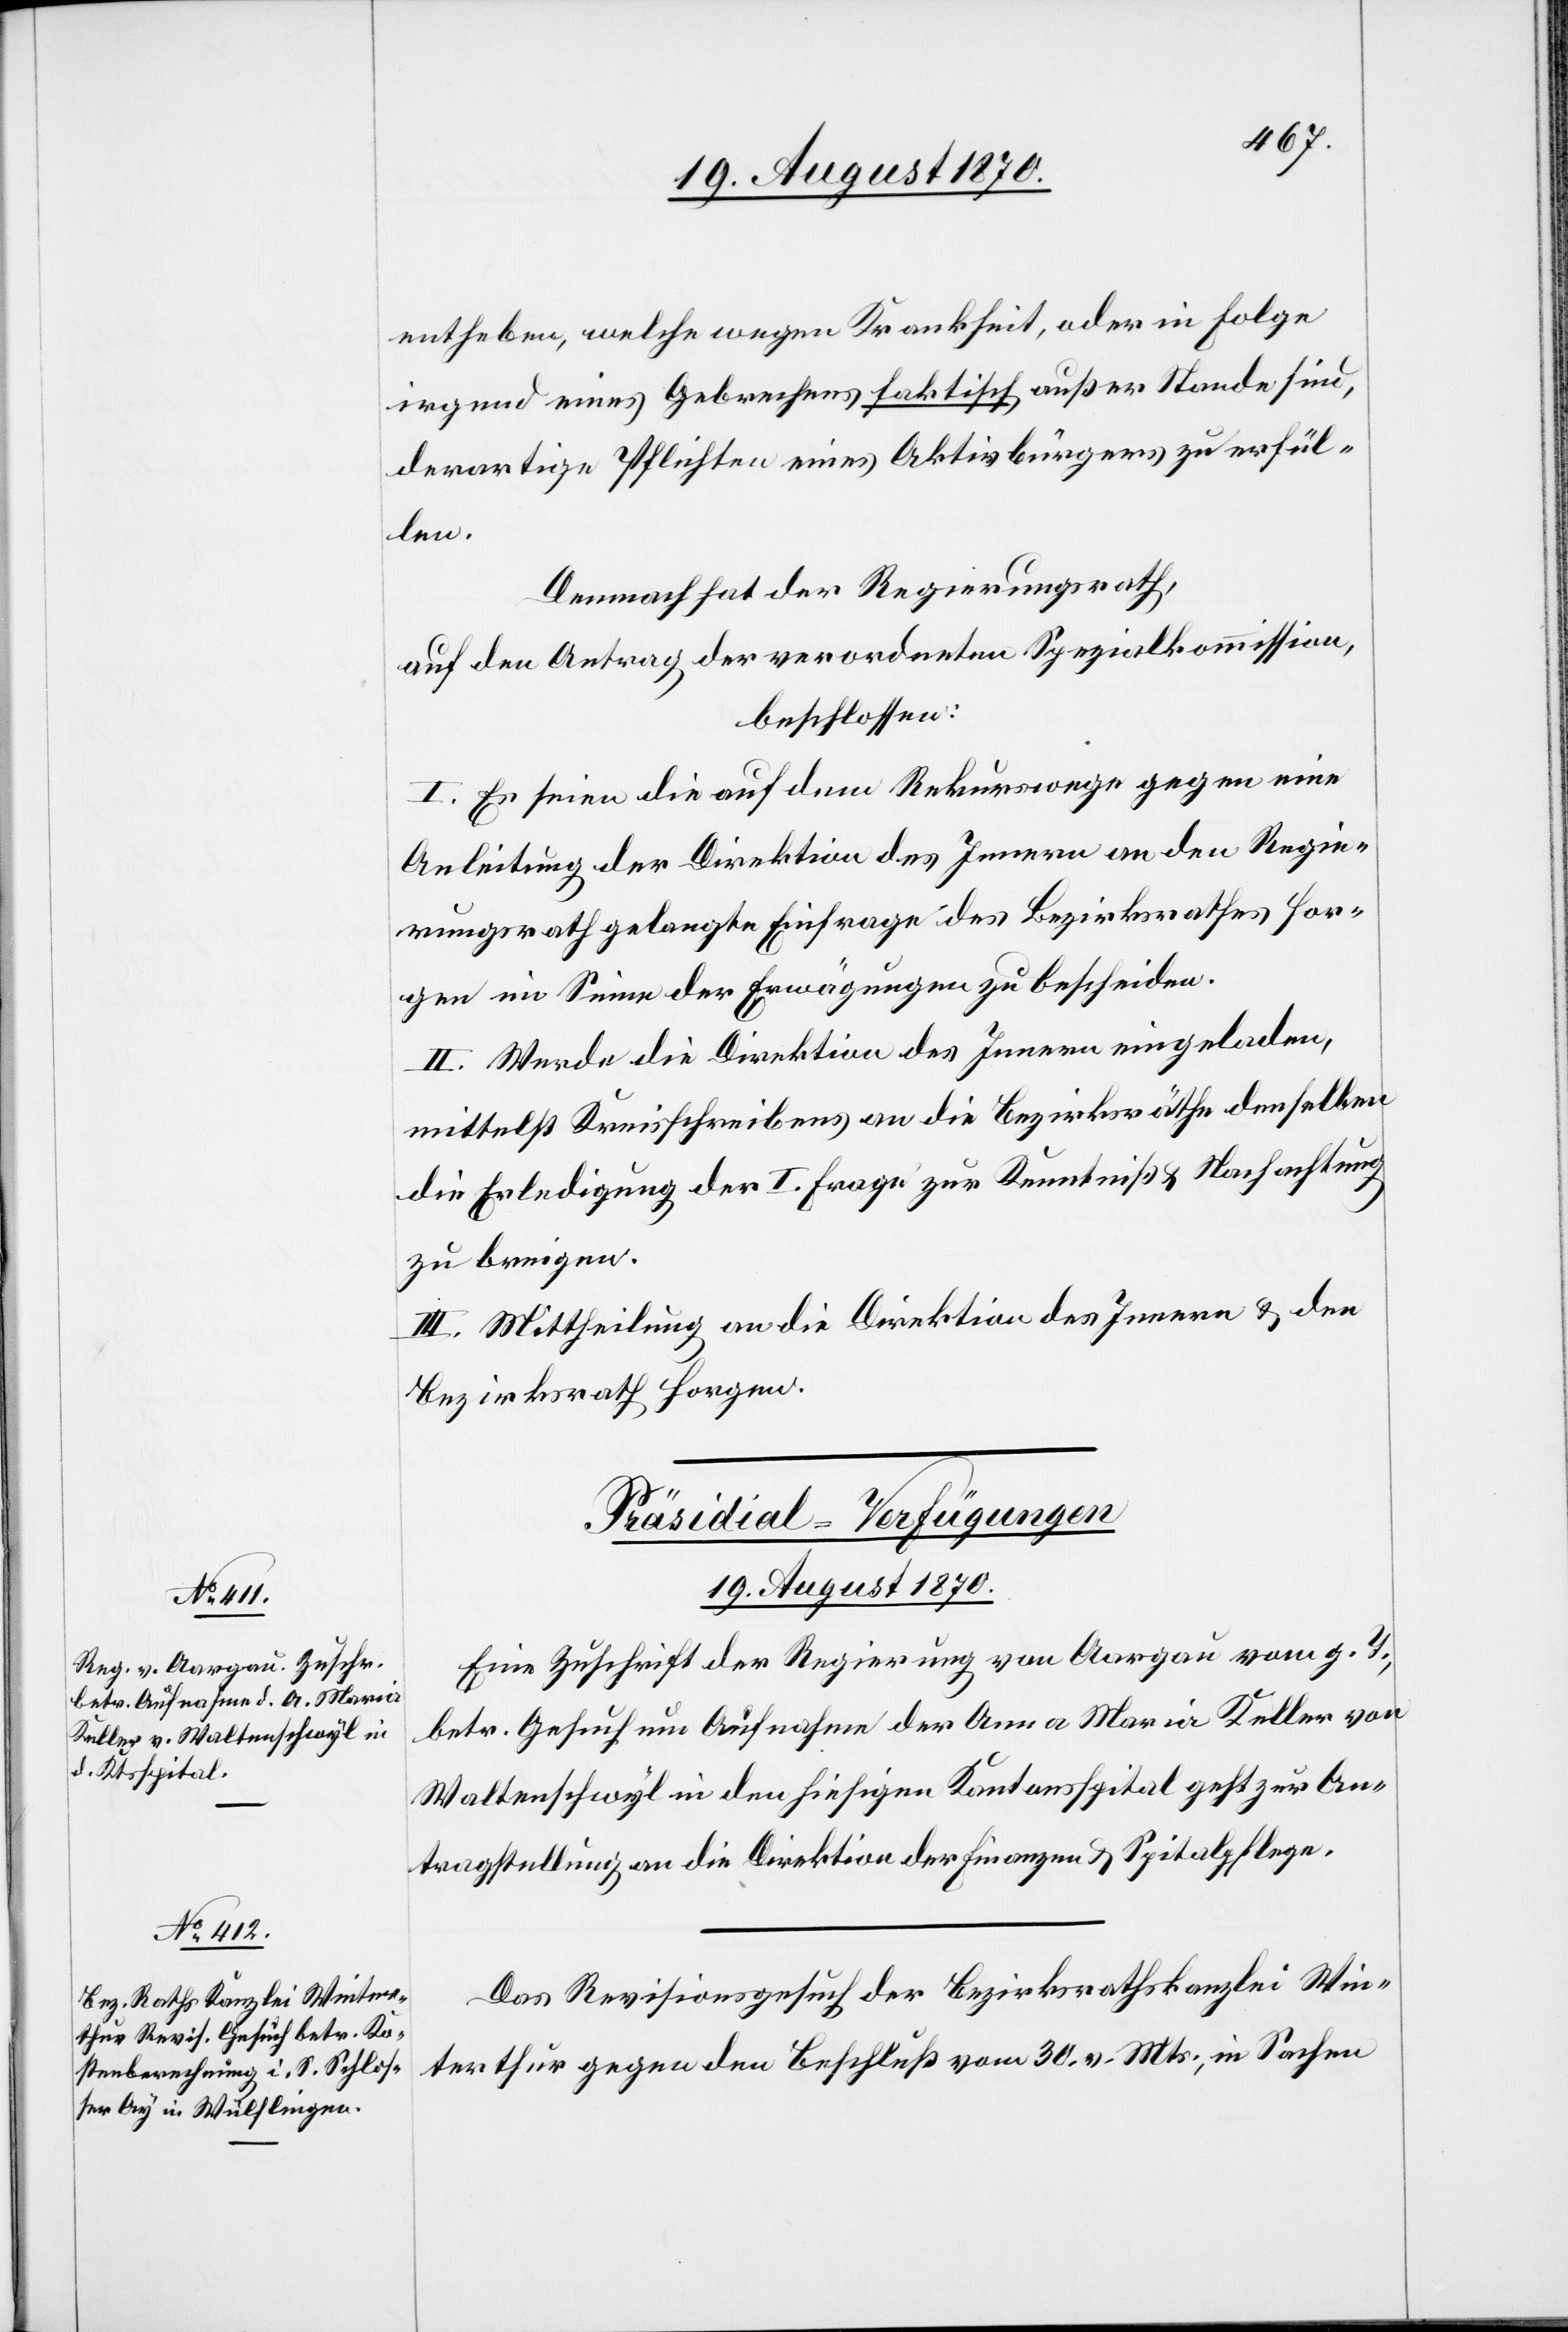
entheben, welche wegen Krankheit oder in Folge
irgend eines Gebrechens faktisch außer Stande sind,
derartige Pflichten eines Aktivbürgers zu erfül¬
len.
Demnach hat der Regierungsrath,
auf den Antrag der verordneten Spezialkommission,
beschlossen:
I. Es seien [sic!] die auf dem Rekurswege gegen eine
Anleitung der Direktion des Innern an den Regie¬
rungsrath gelangte Einfrage des Bezirksrathes Hor¬
gen im Sinne der Erwägungen zu bescheiden.
II. Werde die Direktion des Innern eingeladen,
mittelst Kreisschreibens an die Bezirksräthe denselben
die Erledigung der I. Frage zur Kenntniß & Nachachtung
zu bringen.
III. Mittheilung an die Direktion des Innern & den
Bezirksrath Horgen.
[Präsidial-Verfügungen
19. August 1870.]
Eine Zuschrift der Regierung von Aargau vom g. T,
betr. Gesuch um Aufnahme der Anna Maria Keller von
Waltenschwyl in den hiesigen Kantonsspital geht zur An¬
tragstellung an die Direktion der Finanzen & Spitalpflege.
Das Revisionsgesuch der Bezirksrathskanzlei Win¬
terthur gegen den Beschluß vom 30. v. Mts., in Sachen